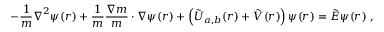
- \frac { 1 } { m } { \boldsymbol { \nabla } } ^ { 2 } \psi ( \boldsymbol { r } ) + \frac { 1 } { m } \frac { \boldsymbol { \nabla } m } { m } \cdot \boldsymbol { \nabla } \psi ( \boldsymbol { r } ) + \left( \tilde { U } _ { a , b } ( \boldsymbol { r } ) + \tilde { V } ( \boldsymbol { r } ) \right) \psi ( \boldsymbol { r } ) = \tilde { E } \psi ( \boldsymbol { r } ) \; ,